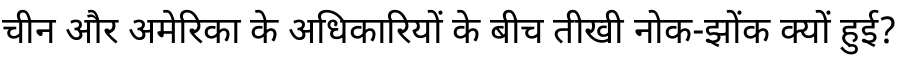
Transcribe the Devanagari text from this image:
चीन और अमेरिका के अधिकारियों के बीच तीखी नोक-झोंक क्यों हुई?